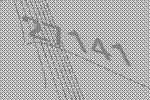
27141